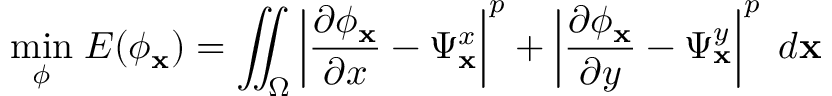
\underset { \phi } { \operatorname* { m i n } } \; E ( \phi _ { \mathbf { x } } ) = \iint _ { \Omega } \left\lvert \frac { \partial \phi _ { \mathbf { x } } } { \partial x } - \Psi _ { \mathbf { x } } ^ { x } \right\rvert ^ { p } + \left\lvert \frac { \partial \phi _ { \mathbf { x } } } { \partial y } - \Psi _ { \mathbf { x } } ^ { y } \right\rvert ^ { p } \; d \mathbf { x }